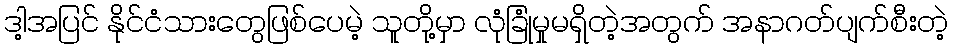
ဒါ့အပြင် နိုင်ငံသားတွေဖြစ်ပေမဲ့ သူတို့မှာ လုံခြုံမှုမရှိတဲ့အတွက် အနာဂတ်ပျက်စီးတဲ့